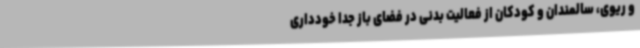
و ریوی، سالمندان و کودکان از فعالیت بدنی در فضای باز جدا خودداری